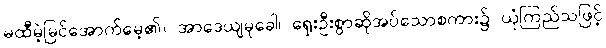
မထီမဲ့မြင်အောက်မေ့၏။ အာဒေယျမုခေါ၊ ရှေးဦးစွာဆိုအပ်သောစကား၌ ယုံကြည်သဖြင့်